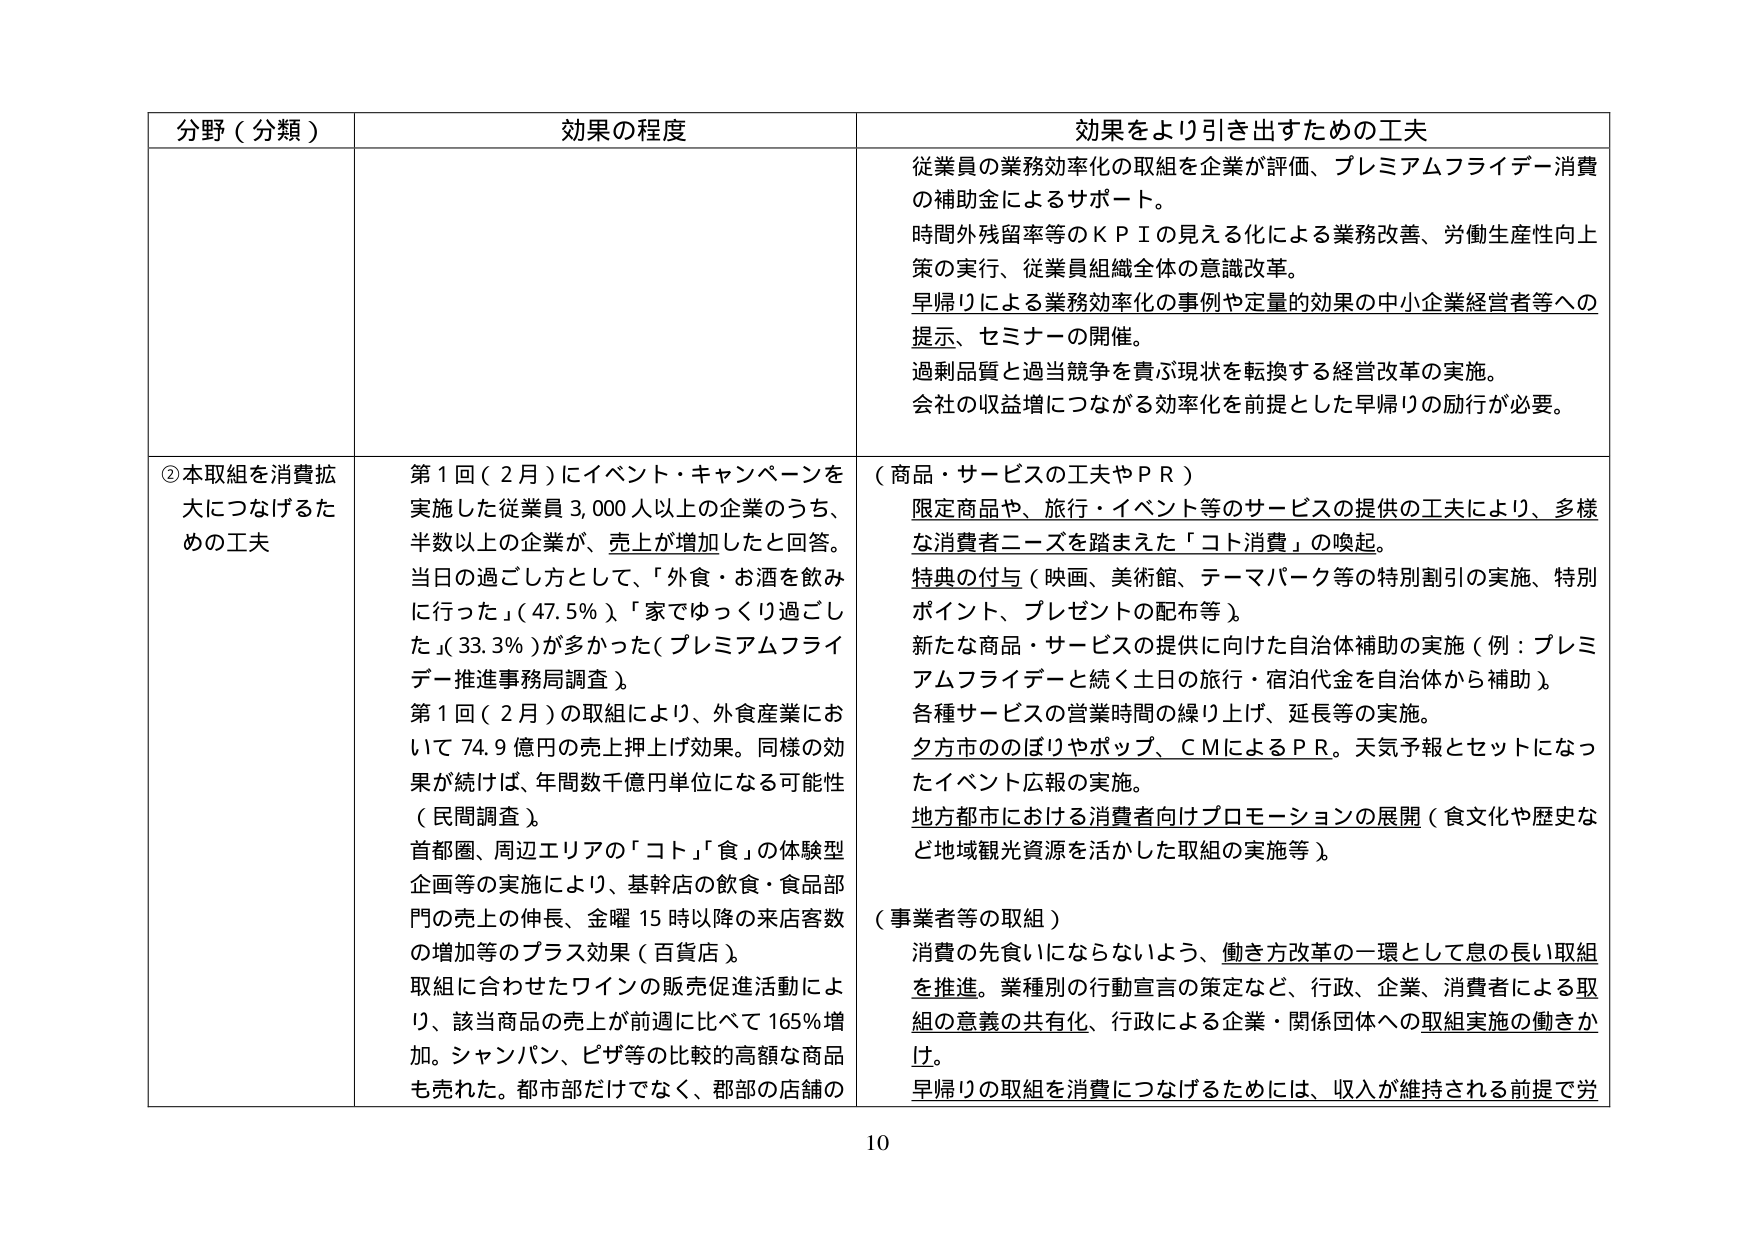
分野（分類）　効果の程度　効果をより引き出すための工夫

従業員の業務効率化の取組を企業が評価、プレミアムフライデー消費の補助金によるサポート。
時間外残留率等のＫＰＩの見える化による業務改善、労働生産性向上策の実行、従業員組織全体の意識改革。
早帰りによる業務効率化の事例や定量的効果の中小企業経営者等への提示、セミナーの開催。
過剰品質と過当競争を責ぶ現状を転換する経営改革の実施。
会社の収益増につながる効率化を前提とした早帰りの励行が必要。

②本取組を消費拡大につなげるための工夫

第1回（2月）にイベント・キャンペーンを実施した従業員3,000人以上の企業のうち、半数以上の企業が、売上が増加したと回答。
当日の過ごし方として、「外食・お酒を飲みに行った」（47.5％）、「家でゆっくり過ごした」（33.3％）が多かった（プレミアムフライデー推進事務局調査）。
第1回（2月）の取組により、外食産業において74.9億円の売上押上げ効果。同様の効果が続けば、年間数千億円単位になる可能性（民間調査）。
首都圏、周辺エリアの「コト」「食」の体験型企画等の実施により、基幹店の飲食・食品部門の売上の伸長、金曜15時以降の来店客数の増加等のプラス効果（百貨店）。
取組に合わせたワインの販売促進活動により、該当商品の売上が前週に比べて165％増加。シャンパン、ピザ等の比較的高額な商品も売れた。都市部だけでなく、郡部の店舗の

（商品・サービスの工夫やＰＲ）
限定商品や、旅行・イベント等のサービスの提供の工夫により、多様な消費者ニーズを踏まえた「コト消費」の喚起。
特典の付与（映画、美術館、テーマパーク等の特別割引の実施、特別ポイント、プレゼントの配布等）。
新たな商品・サービスの提供に向けた自治体補助の実施（例：プレミアムフライデーと続く土日の旅行・宿泊代金を自治体から補助）。
各種サービスの営業時間の繰り上げ、延長等の実施。
夕方市ののぼりやポップ、ＣＭによるＰＲ。天気予報とセットになったイベント広報の実施。
地方都市における消費者向けプロモーションの展開（食文化や歴史など地域観光資源を活かした取組の実施等）。

（事業者等の取組）
消費の先食いにならないよう、働き方改革の一環として息の長い取組を推進。業種別の行動宣言の策定など、行政、企業、消費者による取組の意義の共有化、行政による企業・関係団体への取組実施の働きかけ。
早帰りの取組を消費につなげるためには、収入が維持される前提で労

10